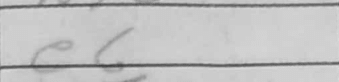
Transcription: e6